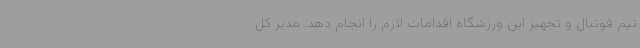
تیم فوتبال و تجهیز این ورزشگاه اقدامات لازم را انجام دهد. مدیر کل